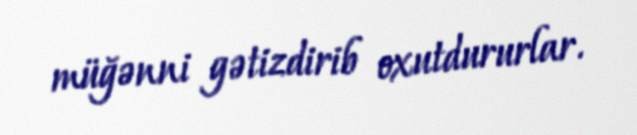
müğənni gətizdirib oxutdururlar.